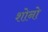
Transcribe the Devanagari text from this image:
शोनो